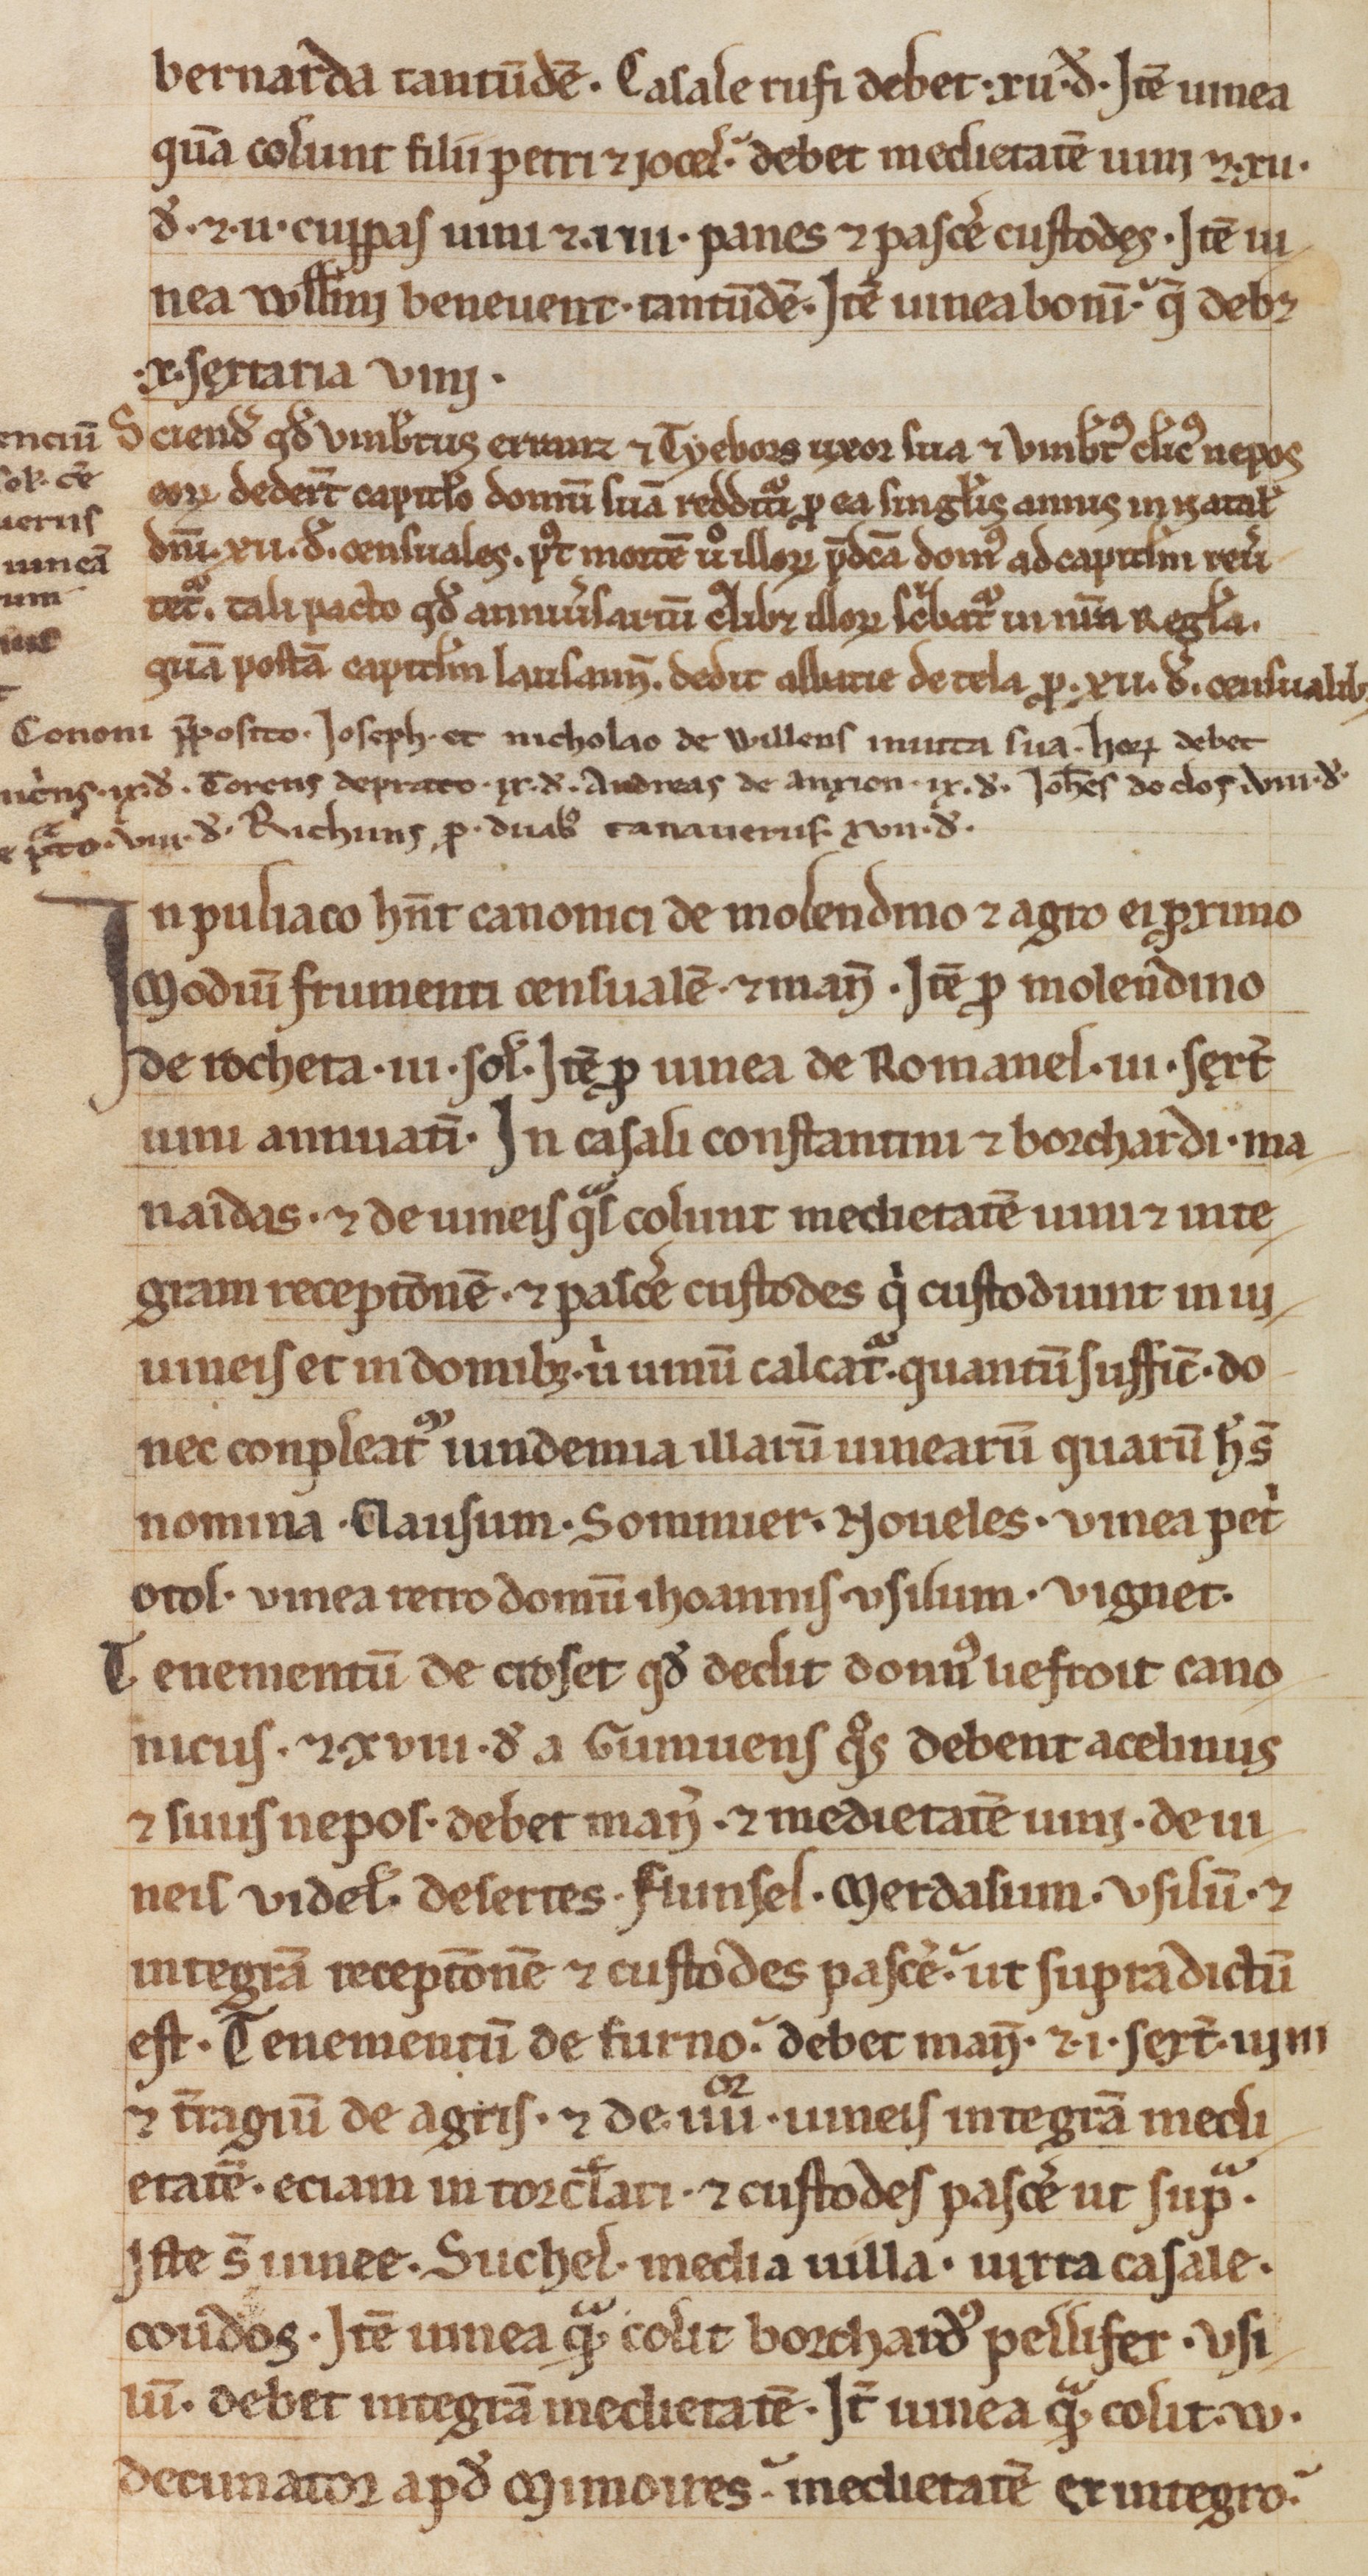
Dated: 1188–1257